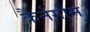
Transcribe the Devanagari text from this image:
कैर्नगोम